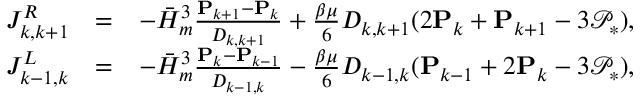
\begin{array} { r l r } { J _ { k , k + 1 } ^ { R } } & { = } & { - \bar { H } _ { m } ^ { 3 } \frac { \mathbf { P } _ { k + 1 } - \mathbf { P } _ { k } } { D _ { k , k + 1 } } + \frac { \beta \mu } { 6 } D _ { k , k + 1 } ( 2 \mathbf { P } _ { k } + \mathbf { P } _ { k + 1 } - 3 \mathcal { P } _ { * } ) , } \\ { J _ { k - 1 , k } ^ { L } } & { = } & { - \bar { H } _ { m } ^ { 3 } \frac { \mathbf { P } _ { k } - \mathbf { P } _ { k - 1 } } { D _ { k - 1 , k } } - \frac { \beta \mu } { 6 } D _ { k - 1 , k } ( \mathbf { P } _ { k - 1 } + 2 \mathbf { P } _ { k } - 3 \mathcal { P } _ { * } ) , } \end{array}